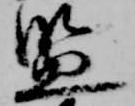
監